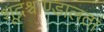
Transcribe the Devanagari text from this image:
शूद्रश्चाण्डालतां